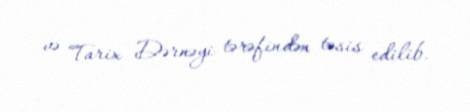
və Tarix Dərnəyi tərəfindən təsis edilib.